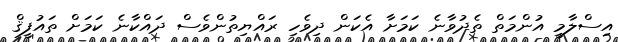
އިސްލާމީ އުންމަތް ތެދުވާނެ ކަމަށާ އެކަން ދިވެހި ރައްޔިތުންވެސް ދައްކާނެ ކަމަށް ތައުފީޤް